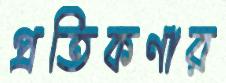
প্রতিকণার